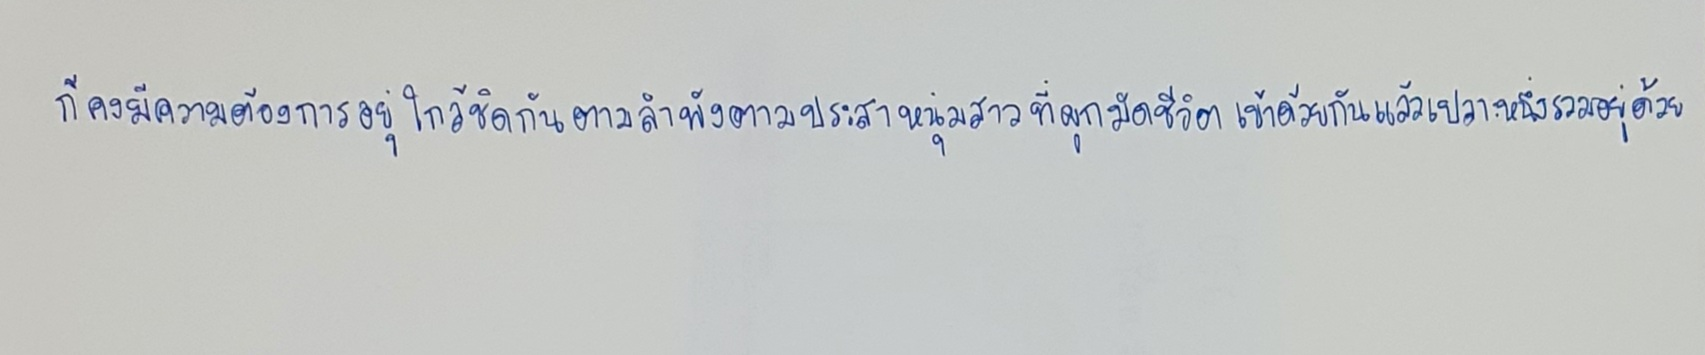
ก็คงมีความต้องการอยู่ใกล้ชิดกันตามลำพังตามประสาหนุ่มสาวที่ผูกมัดชีวิตเข้าด้วยกันแล้วเปลาะหนึ่งรวมอยู่ด้วย